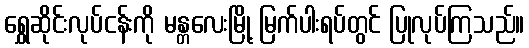
ရွှေဆိုင်းလုပ်ငန်းကို မန္တလေးမြို့ မြက်ပါးရပ်တွင် ပြုလုပ်ကြသည်။